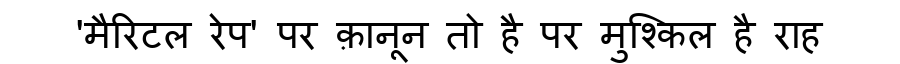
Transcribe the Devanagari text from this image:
'मैरिटल रेप' पर क़ानून तो है पर मुश्किल है राह